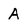
Character: A